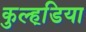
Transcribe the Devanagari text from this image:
कुल्हडि़या